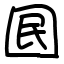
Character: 囻